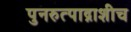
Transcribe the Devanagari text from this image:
पुनरुत्पाद्नाशीच